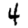
Digit: 4